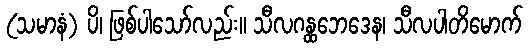
(သမာနံ) ပိ၊ ဖြစ်ပါသော်လည်း။ သီလဂန္ထဘေဒေန၊ သီလပါတိမောက်